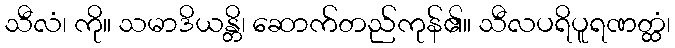
သီလံ၊ ကို။ သမာဒိယန္တိ၊ ဆောက်တည်ကုန်၏။ သီလပရိပူရဏတ္ထံ၊